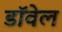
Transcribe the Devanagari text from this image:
डॉवेल